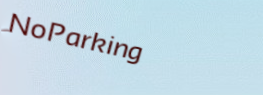
NoParking